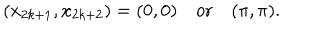
( x _ { 2 k + 1 } , x _ { 2 k + 2 } ) = ( 0 , 0 ) \quad \mathrm { o r } \quad ( \pi , \pi ) .